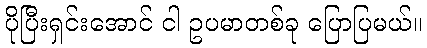
ပိုပြီးရှင်းအောင် ငါ ဥပမာတစ်ခု ပြောပြမယ်။